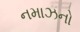
નમાઝનો